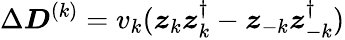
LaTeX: \Delta\boldsymbol{D}^{(k)}=v_{k}(\boldsymbol{z}_{k}\boldsymbol{z}_{k}^{\dagger}-\boldsymbol{z}_{-k}\boldsymbol{z}_{-k}^{\dagger})